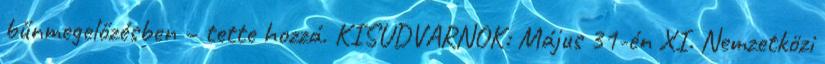
bűnmegelőzésben – tette hozzá. KISUDVARNOK: Május 31-én XI. Nemzetközi